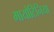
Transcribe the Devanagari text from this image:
मायोटिनिया